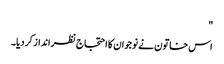
"
اس خاتون نے نوجوان کا احتجاج نظرانداز کر دیا۔